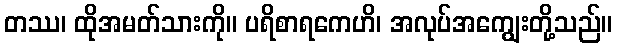
တဿ၊ ထိုအမတ်သားကို။ ပရိစာရကေဟိ၊ အလုပ်အကျွေးတို့သည်။